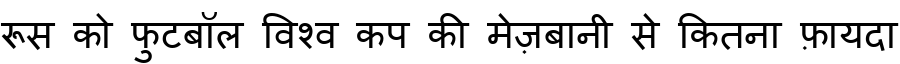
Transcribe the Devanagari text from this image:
रूस को फुटबॉल विश्व कप की मेज़बानी से कितना फ़ायदा